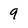
Character: 9